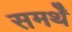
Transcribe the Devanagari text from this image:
समर्थें